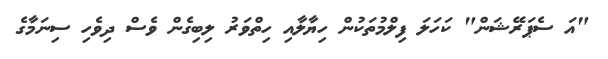
"އަ ސެޕަރޭޝަން" ކަހަލަ ފިލްމުތަކުން ހިޔާލާއި ހިތްވަރު ލިބިގެން ވެސް ދިވެހި ސިނަމާގެ